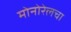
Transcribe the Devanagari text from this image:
मोनोरेलचा